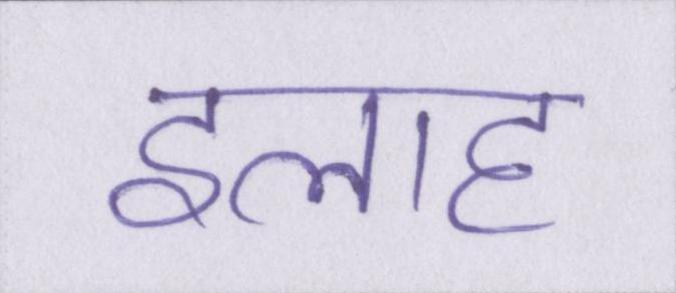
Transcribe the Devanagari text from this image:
इलाह